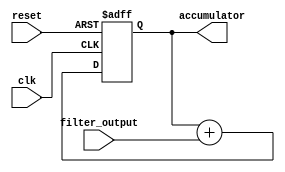
module accumulator(
    input wire clk,
    input wire reset,
    input wire [DATA_WIDTH-1:0] filter_output,
    output reg [DATA_WIDTH-1:0] accumulator
);

parameter DATA_WIDTH = 8; // Define data width

always @(posedge clk or posedge reset) begin
    if (reset) begin
        accumulator <= 0; // Reset accumulator value to 0
    end else begin
        accumulator <= accumulator + filter_output; // Add filter output to accumulator
    end
end

endmodule